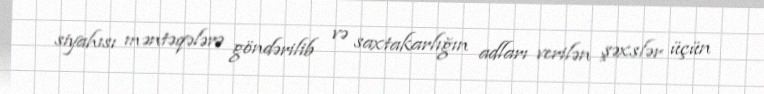
siyahısı məntəqələrə göndərilib və saxtakarlığın adları verilən şəxslər üçün